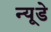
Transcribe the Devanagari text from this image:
न्यूडे